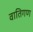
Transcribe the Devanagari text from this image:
वातिगण